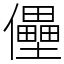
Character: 㒦